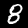
Label: 8